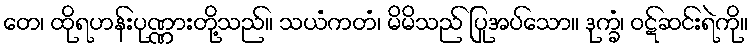
တေ၊ ထိုရဟန်းပုဏ္ဏားတို့သည်။ သယံကတံ၊ မိမိသည် ပြုအပ်သော။ ဒုက္ခံ၊ ဝဋ်ဆင်းရဲကို။